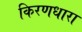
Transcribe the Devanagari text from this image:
किरणधारा